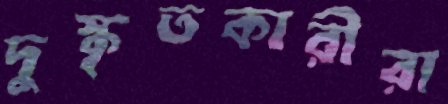
দুস্কৃতকারীরা